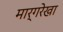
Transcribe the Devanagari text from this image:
मार्गरेखा